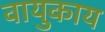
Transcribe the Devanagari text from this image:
वायुकाय